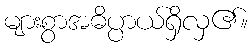
များစွာအဓိပ္ပာယ်ရှိလှ၏။